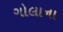
ગોલાના